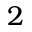
2